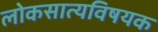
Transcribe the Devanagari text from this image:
लोकसात्यविषयक